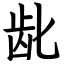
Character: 龀